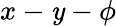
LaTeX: x-\mathit{y}-\phi